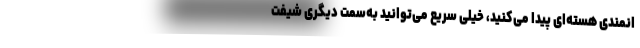
انمندی هسته‌ای پیدا می‌کنید، خیلی سریع می‌توانید به‌سمت دیگری شیفت